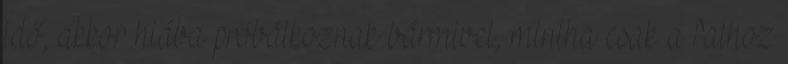
idő, akkor hiába próbálkoznak bármivel, mintha csak a falhoz